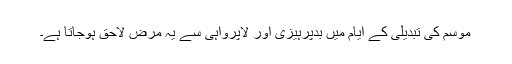
موسم کی تبدیلی کے ایام میں بدپرہیزی اور لاپرواہی سے یہ مرض لاحق ہوجاتا ہے۔